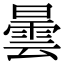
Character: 曇